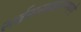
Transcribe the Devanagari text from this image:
सर्वससाधारणपणे